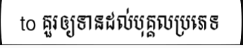
to គួរឲ្យទានដល់បុគ្គលប្រភេទ